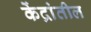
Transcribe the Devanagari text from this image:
केंद्रांतील